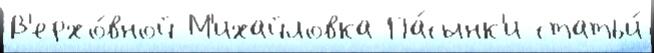
В'ерхо́вной М'ихайловка Па́сынк'и статьи́